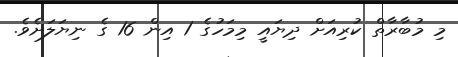
މި މުބާރާތް ކުރިއަށް ދިޔައީ މިމަހުގެ 1 އިން 16 ގެ ނިޔަލަށެވެ.